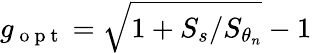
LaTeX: g_{\mathrm{~o~p~t~}}=\sqrt{1+S_{s}/S_{\theta_{n}}}-1